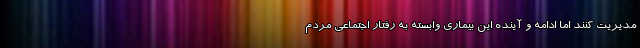
مدیریت کنند اما ادامه و آینده این بیماری وابسته به رفتار اجتماعی مردم